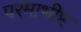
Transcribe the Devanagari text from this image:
परमाभीष्ट